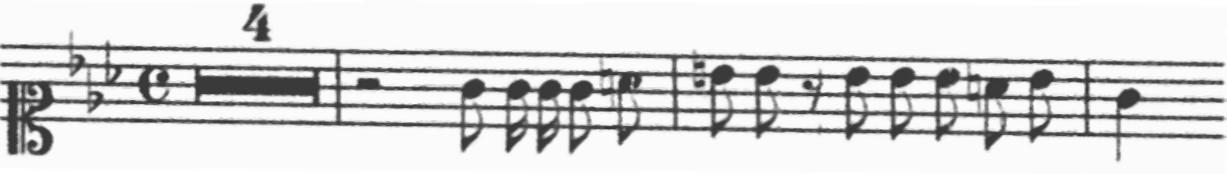
Transcription: clef-C1 keySignature-EbM timeSignature-C multirest-4 barline rest-half note-G4_eighth note-G4_sixteenth note-G4_sixteenth note-G4_eighth note-A4_eighth barline note-B4_eighth note-Bb4_eighth rest-eighth note-Bb4_eighth note-Bb4_eighth note-Bb4_eighth note-A4_eighth note-Bb4_eighth barline note-G4_quarter